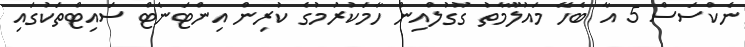
ނެކްސަސް 5 އާ ބެހޭ މައުލޫމާތު ގޫގުލްއިން ހާމަކުރުމުގެ ކުރިން އިންޓަނެޓް ސައިޓްތަކުގައި